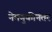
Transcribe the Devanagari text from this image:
नेमणुकीनंतर